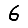
Digit: 6